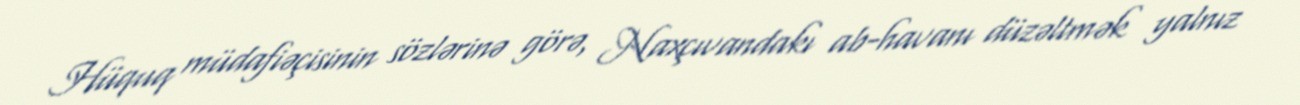
Hüquq müdafiəçisinin sözlərinə görə, Naxçıvandakı ab-havanı düzəltmək yalnız